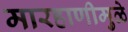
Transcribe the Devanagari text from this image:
मारहाणीमुळे